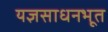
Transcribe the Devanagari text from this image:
यज्ञसाधनभूत